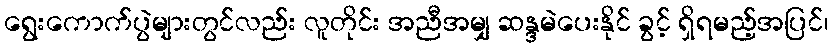
ရွေးကောက်ပွဲများတွင်လည်း လူတိုင်း အညီအမျှ ဆန္ဒမဲပေးနိုင် ခွင့် ရှိရမည့်အပြင်၊